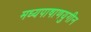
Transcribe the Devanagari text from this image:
मध्यपाषाणयुगीन